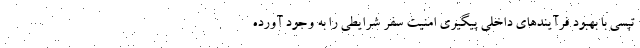
تپسی با بهبود فرآیندهای داخلی پیگیری امنیت سفر شرایطی را به وجود آورده